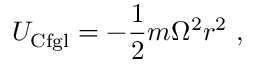
{ U } _ { \mathrm { C f g l } } = - { \frac { 1 } { 2 } } m \Omega ^ { 2 } r ^ { 2 } \ ,